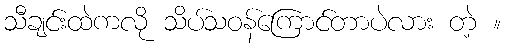
သီချင်းထဲကလို သိပ်သဝန်ကြောင်တာပဲလား တဲ့ ။